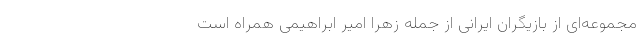
مجموعه‌ای از بازیگران ایرانی از جمله زهرا امیر ابراهیمی همراه است